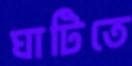
ঘাটিতে